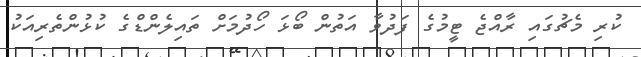
ކުރި މެޗުގައި ރާއްޖެ ޓީމުގެ ފަދުވާ އަތުން ބޯޅަ ހޯދުމަށް ތައިލެންޑްގެ ކުޅުންތެރިއަކު